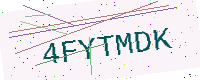
Text: 4FYTMDK